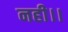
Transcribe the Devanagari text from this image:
नही।।